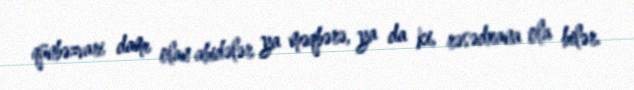
qünbəzvari damı olan abidələr ya məqbərə, ya da ki, rəsədxana ola bilər.